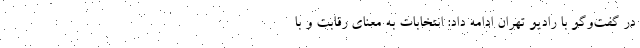
در گفت‌وگو با رادیو تهران ادامه داد: انتخابات به معنای رقابت و با